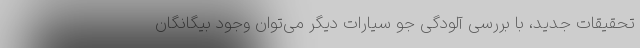
تحقیقات جدید، با بررسی آلودگی جو سیارات دیگر می‌توان وجود بیگانگان